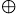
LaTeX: _\oplus